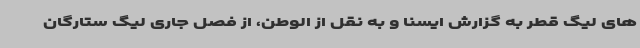
های لیگ قطر به گزارش ایسنا و به نقل از الوطن، از فصل جاری لیگ ستارگان